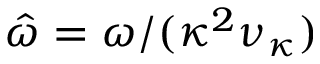
\hat { \omega } = \omega / ( \kappa ^ { 2 } \nu _ { \kappa } )